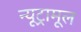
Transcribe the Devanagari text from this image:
न्यूट्रामूल